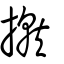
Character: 掓